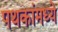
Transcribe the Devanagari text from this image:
पथकांमध्ये